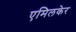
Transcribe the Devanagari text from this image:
एमिलकेर